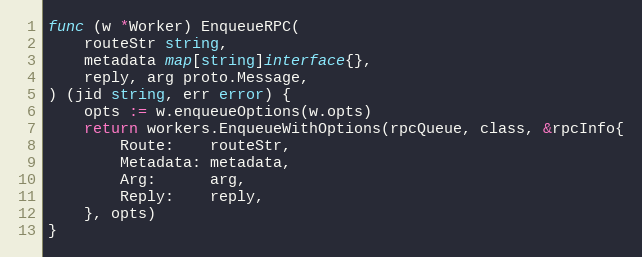
Language: Go
func (w *Worker) EnqueueRPC(
	routeStr string,
	metadata map[string]interface{},
	reply, arg proto.Message,
) (jid string, err error) {
	opts := w.enqueueOptions(w.opts)
	return workers.EnqueueWithOptions(rpcQueue, class, &rpcInfo{
		Route:    routeStr,
		Metadata: metadata,
		Arg:      arg,
		Reply:    reply,
	}, opts)
}